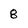
Character: 8